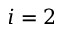
i = 2